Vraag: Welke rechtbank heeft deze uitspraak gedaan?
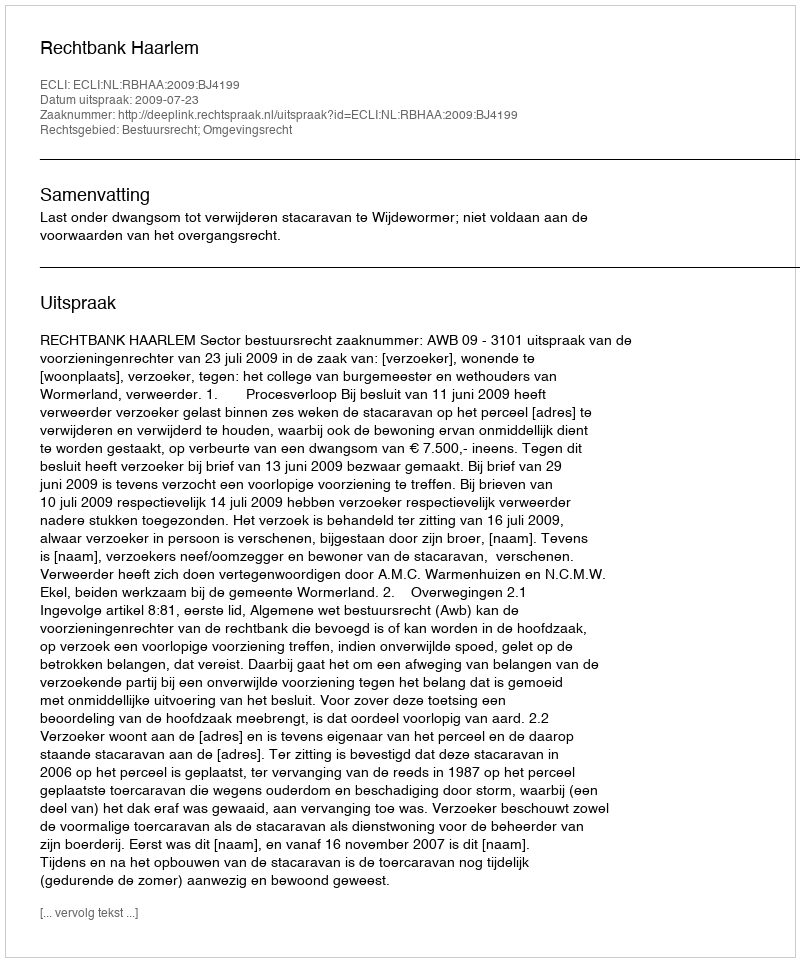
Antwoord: Rechtbank Haarlem